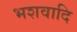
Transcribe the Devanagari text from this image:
भशवादि